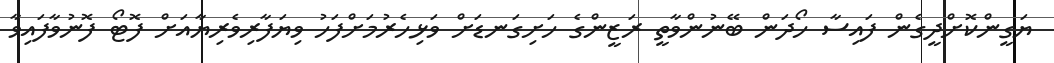
ޔަގީންކޮށްދީގެން ފައިސާ ހޯދަން ބޭނުންވާތީ ރަޒީންގެ ހަށިގަނޑަށް ވަޅިހެރުމަށްފަހު ވިޔަފާރިވެރިޔާއަށް ފޮޓޯ ފޮނުވާފައިވާ